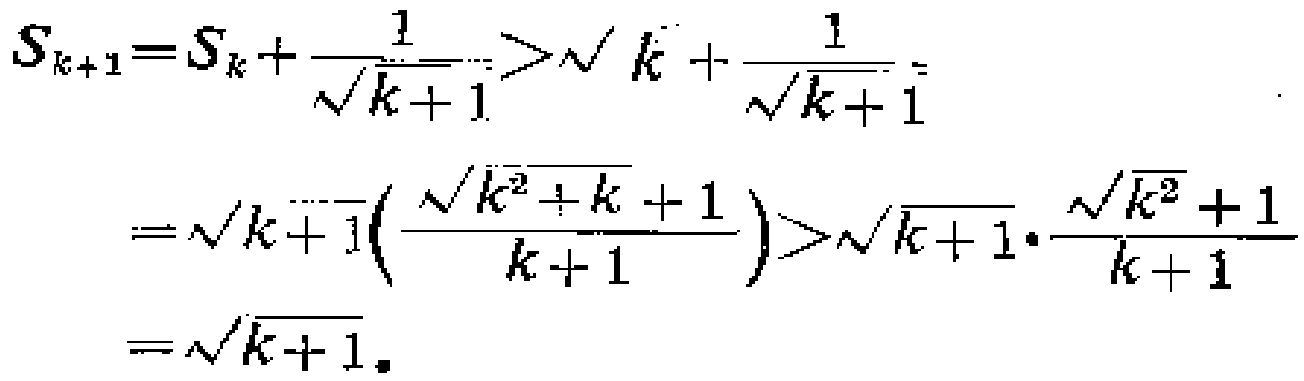
\[

\begin{align*}

S_{k + 1}&=S_{k}+\frac{1}{\sqrt{k + 1}}>\sqrt{k}+\frac{1}{\sqrt{k + 1}}\\

&=\sqrt{k + 1}\left(\frac{\sqrt{k^{2}+k}+1}{k + 1}\right)>\sqrt{k + 1}\cdot\frac{\sqrt{k^{2}}+1}{k + 1}\\

&=\sqrt{k + 1}.

\end{align*}

\]